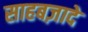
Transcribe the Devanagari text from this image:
साहबज़ादे